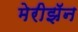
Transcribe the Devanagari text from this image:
मेरीझॅन